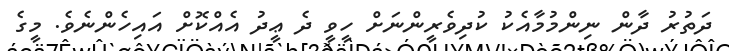
ދަތުރު ދާން ނިންމުމާއެކު ކުދިވެރީންނަށް ހީވީ ދެ ޢީދު އެއްކޮށް އައިހެންނެވެ. މީގެ